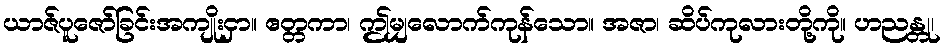
ယာဇ်ပူဇော်ခြင်းအကျိုးငှာ။ ဧတ္တကာ၊ ဤမျှလောက်ကုန်သော။ အဇာ၊ ဆိပ်ကုလားတို့ကို။ ဟညန္တု၊